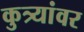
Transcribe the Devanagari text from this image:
कुत्र्यांवर